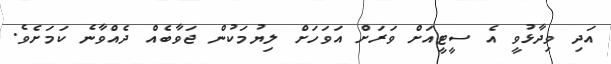
އަދި ވިދާޅުވީ އެ ސީޓީއަށް ވަރަށް އަވަހަށް ލިޔުމަކުން ޖަވާބެއް ދެއްވާނެ ކަމަށެވެ.